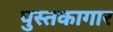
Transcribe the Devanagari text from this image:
पुस्तकागार